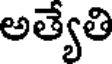
అత్యేతి